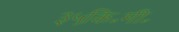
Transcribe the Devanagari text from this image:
३५कि॰मी॰